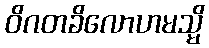
ဝိဂတခိလောဟမသ္မိ